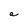
Character: a